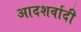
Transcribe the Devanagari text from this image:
आदशर्वादी